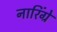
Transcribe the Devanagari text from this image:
नारिंग्रे